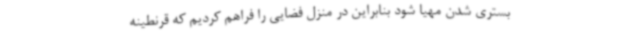
بستری شدن مهیا شود بنابراین در منزل فضایی را فراهم کردیم که قرنطینه